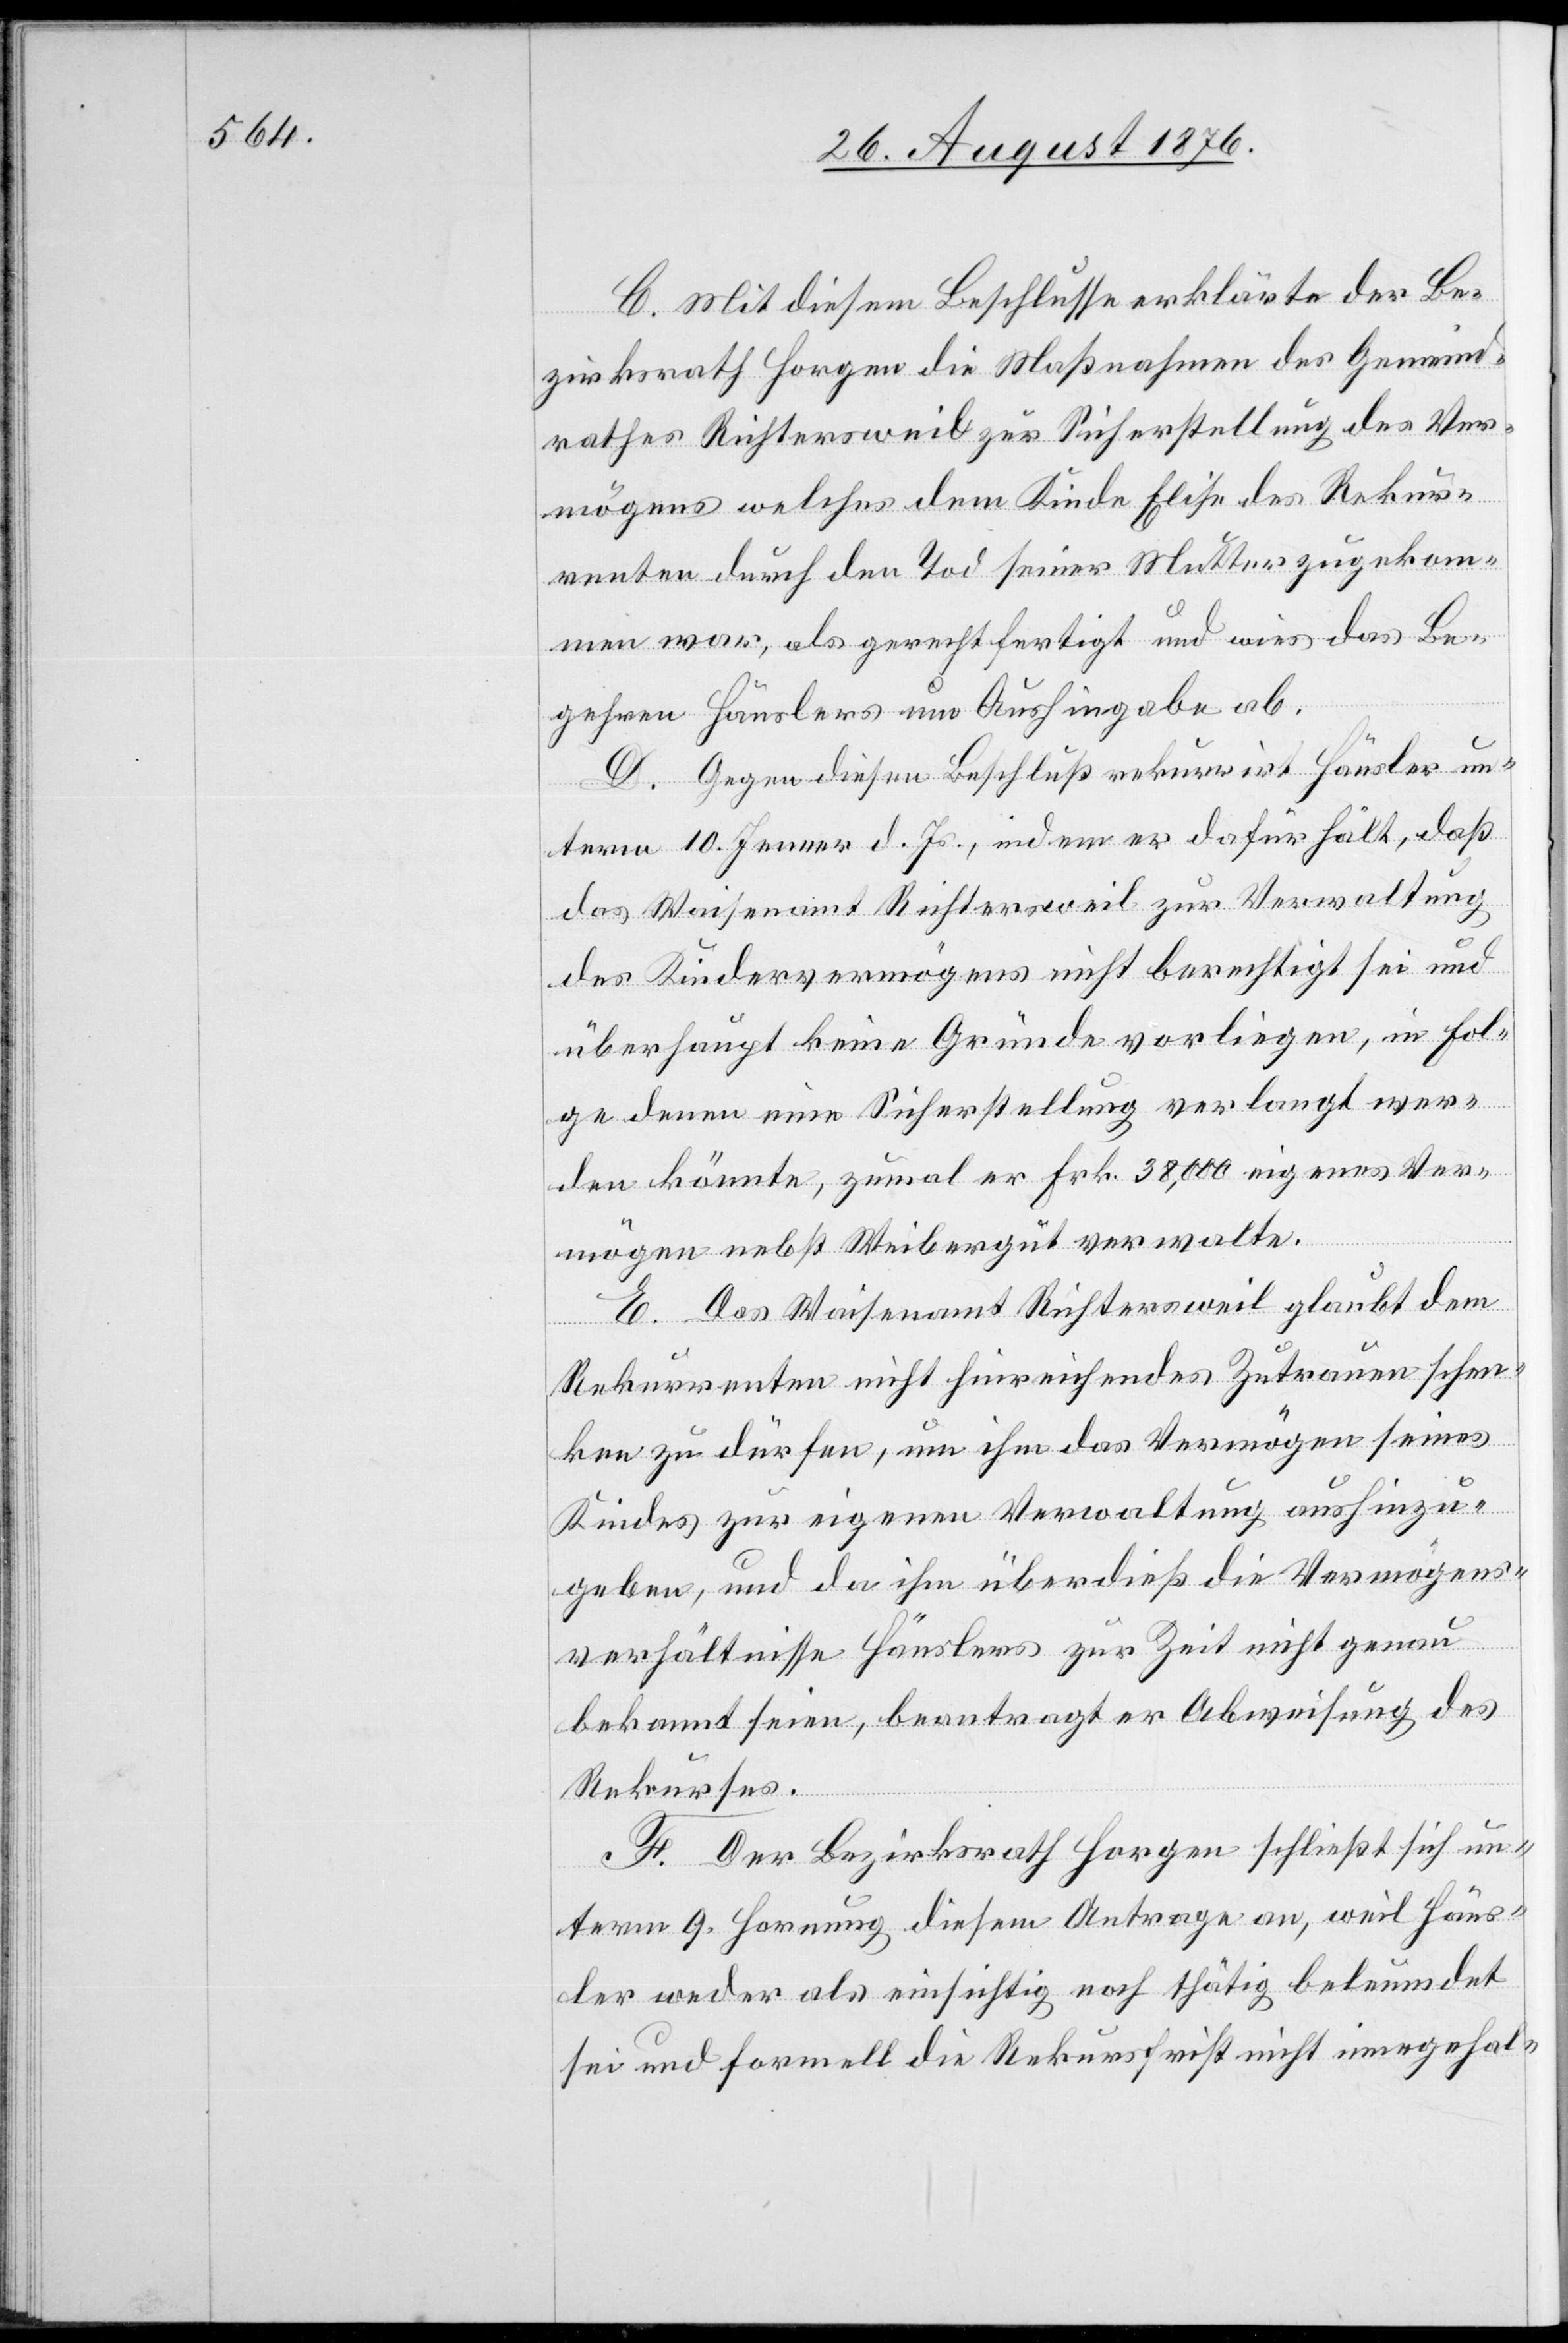
C. Mit diesem Beschlusse erklärte der Be¬
zirksrath Horgen die Maßnahmen des Gemeind¬
rathes Richtersweil zur Sicherstellung des Ver¬
mögens welches dem Kinde Elise des Rekur¬
renten durch den Tod seiner Mutter zugekom¬
men war, als gerechtfertigt und wies das Be¬
gehren Häuslers um Aushingabe ab.
D. Gegen diesen Beschluß rekurrirt Häusler un¬
term 10. Jenner d. Js., indem er dafür hält, daß
das Waisenamt Richtersweil zur Verwaltung
des Kindervermögens nicht berechtigt sei und
überhaupt keine Gründe vorliegen, in Fol¬
ge denen [sic!] eine Sicherstellung verlangt wer¬
den könnte, zumal er Frk. 38,000 eigenes Ver¬
mögen nebst Weibergut verwalte.
E. Das Waisenamt Richtersweil glaubt dem
Rekurrenten nicht hinreichendes Zutrauen schen¬
ken zu dürfen, um ihm das Vermögen seines
Kindes zur eigenen Verwaltung aushinzu¬
geben, und da ihm überdieß die Vermögens¬
verhältnisse Häuslers zur Zeit nicht genau
bekannt seien, beantragt er Abweisung des
Rekurses.
F. Der Bezirksrath Horgen schließt sich un¬
term 9. Hornung diesem Antrage an, weil Häus¬
ler weder als einsichtig noch thätig beleumdet
sei und formell die Rekursfrist nicht innegehal-